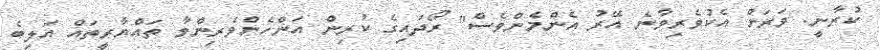
ކުރާނީ. ވަރަށް އެކުވެރިވާނެ އޭރު އެންމެންވެސް" ރޯދައިގެ ކުރިން އަންހެންވެރިންވާ ތައްޔާރީތައް އަލިބެ